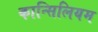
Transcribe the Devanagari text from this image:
कान्सिलियम